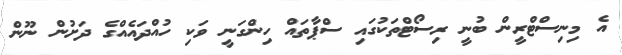
އެ މިނިސްޓްރީން ބުނީ ރިސޯޓްތަކުގައި ސްޕާތައް ހިންގަނީ ވަކި ހުއްދައެއްގެ ދަށުން ނޫން